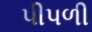
પીપળી